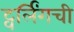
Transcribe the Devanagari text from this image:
ट्वर्लिंगची